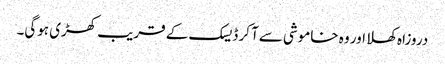
دروزاہ کھلا اور وہ خاموشی سےآ کر ڈیسک کے قریب کھڑی ہوگی۔